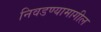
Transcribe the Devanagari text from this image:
निवडण्यामागील